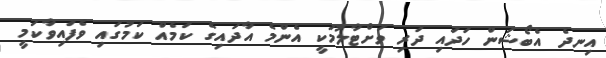
އިނދެ އެބޯޝަން ހަދައި ދަރި ވަށްޓާލުމަކީ އެންމެ އާދައިގެ ކަމެއް ކަމުގައި ވެފައިވާކަމީ